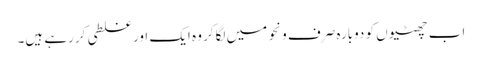
اب چھٹیوں کو دوبارہ صرف ونحو میں لگاکر وہ ایک اور غلطی کررہے ہیں۔